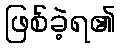
ဖြစ်ခဲ့ရ၏